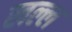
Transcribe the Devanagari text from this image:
खल्ल